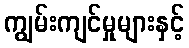
ကျွမ်းကျင်မှုများနှင့်